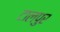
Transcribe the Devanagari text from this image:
टालपुर